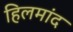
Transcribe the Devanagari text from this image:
हिलमांद